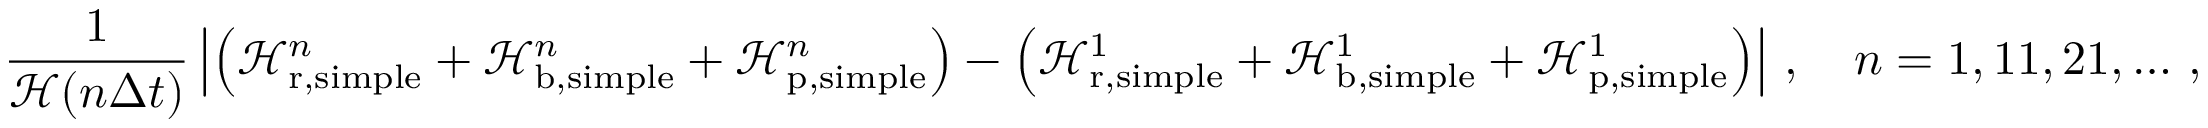
\frac { 1 } { \mathcal H ( n \Delta t ) } \left| \left( \mathcal H _ { \mathrm { r } , \mathrm { s i m p l e } } ^ { n } + \mathcal H _ { \mathrm { b } , \mathrm { s i m p l e } } ^ { n } + \mathcal H _ { \mathrm { p } , \mathrm { s i m p l e } } ^ { n } \right) - \left( \mathcal H _ { \mathrm { r } , \mathrm { s i m p l e } } ^ { 1 } + \mathcal H _ { \mathrm { b } , \mathrm { s i m p l e } } ^ { 1 } + \mathcal H _ { \mathrm { p } , \mathrm { s i m p l e } } ^ { 1 } \right) \right| \, , \quad n = 1 , 1 1 , 2 1 , \hdots \, ,